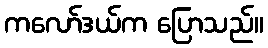
ကလော်ဒယ်က ပြောသည်။